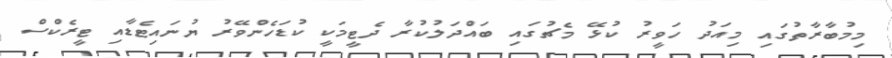
މިމުބާރާތުގައި މިއަދު ހަވީރު ކުޅޭ މެޗުގައި ބައްދަލުކުރާ ދެޓީމަކީ ކުޑަހެންވޭރު ޔުނައިޓެޑާއި ޓީރެކްސް